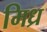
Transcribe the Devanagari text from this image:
मिध्र